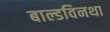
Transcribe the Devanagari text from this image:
बाल्डविनथा